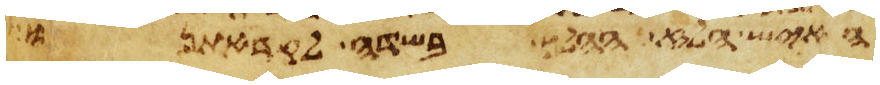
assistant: האיש הלז ההלך בשדה לקראתנו